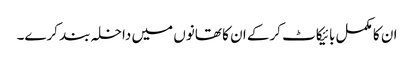
ان کا مکمل بائیکاٹ کرکے ان کا تھانوں میں داخلہ بند کرے۔